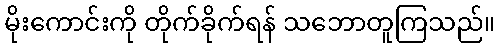
မိုးကောင်းကို တိုက်ခိုက်ရန် သဘောတူကြသည်။